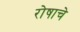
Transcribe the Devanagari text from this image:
रोषाचे